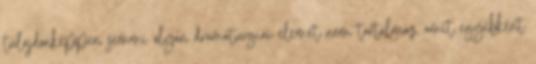
tulajdonképpen semmi olyan dramaturgiai elemet nem tartalmaz, amit egyébként